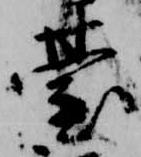
台